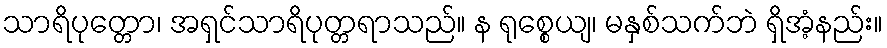
သာရိပုတ္တော၊ အရှင်သာရိပုတ္တရာသည်။ န ရုစ္စေယျ၊ မနှစ်သက်ဘဲ ရှိအံ့နည်း။